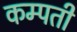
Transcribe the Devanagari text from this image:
कम्पती